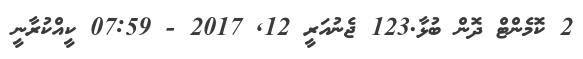
2 ކޮމެންޓް ދޮން ބުޅާ.123 ޖެނުއަރީ 12